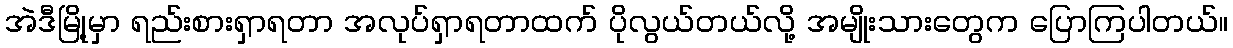
အဲဒီမြို့မှာ ရည်းစားရှာရတာ အလုပ်ရှာရတာထက် ပိုလွယ်တယ်လို့ အမျိုးသားတွေက ပြောကြပါတယ်။